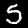
Digit: 5